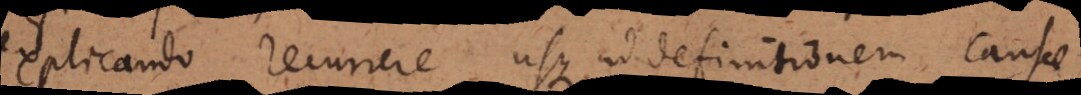
explicando recurrere usque ad definitionem causae